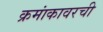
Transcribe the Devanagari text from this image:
क्रमांकावरची